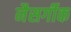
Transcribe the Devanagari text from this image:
नैसर्गीक